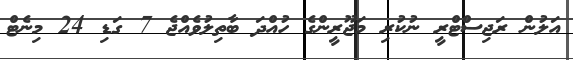
އަލުން ރަޖިސްޓްރީ ނުކުރި މަޖޫރީންގެ ހުއްދަ ބާތިލުވެއްޖެ 7 ގަޑި 24 މިނެޓް